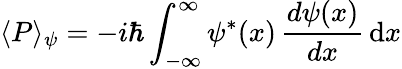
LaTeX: \langle P\rangle_{\psi}=-i\hbar\int_{-\infty}^{\infty}\psi^{\ast}(x)\, {\frac{d\psi(x)}{dx}}\, \mathrm{d}x